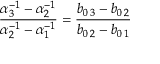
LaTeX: { \frac { \alpha _ { 3 } ^ { - 1 } - \alpha _ { 2 } ^ { - 1 } } { \alpha _ { 2 } ^ { - 1 } - \alpha _ { 1 } ^ { - 1 } } } = { \frac { b _ { 0 \, 3 } - b _ { 0 \, 2 } } { b _ { 0 \, 2 } - b _ { 0 \, 1 } } }